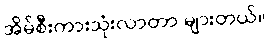
အိမ်စီးကားသုံးလာတာ များတယ်။